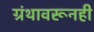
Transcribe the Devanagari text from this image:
ग्रंथावरूनही